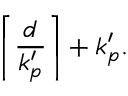
\left\lceil \frac { d } { k _ { p } ^ { \prime } } \right\rceil + k _ { p } ^ { \prime } .